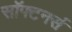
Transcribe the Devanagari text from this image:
सॉफ्टनर्स